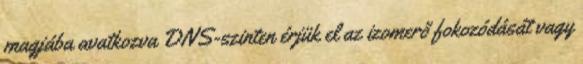
magjába avatkozva DNS-szinten érjük el az izomerő fokozódását vagy